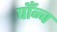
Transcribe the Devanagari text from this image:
पाँन्च